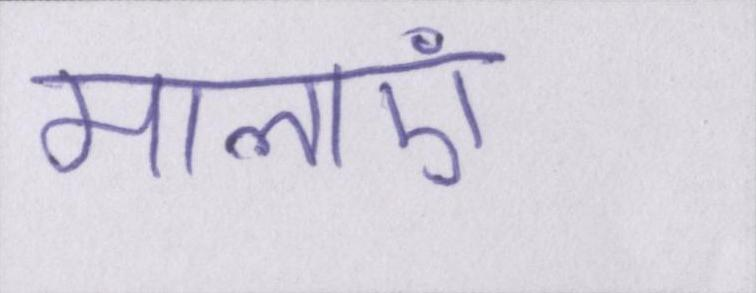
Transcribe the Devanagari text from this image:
मालाएं